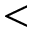
<